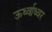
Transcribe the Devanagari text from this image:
ऊर्ध्वाध्वर